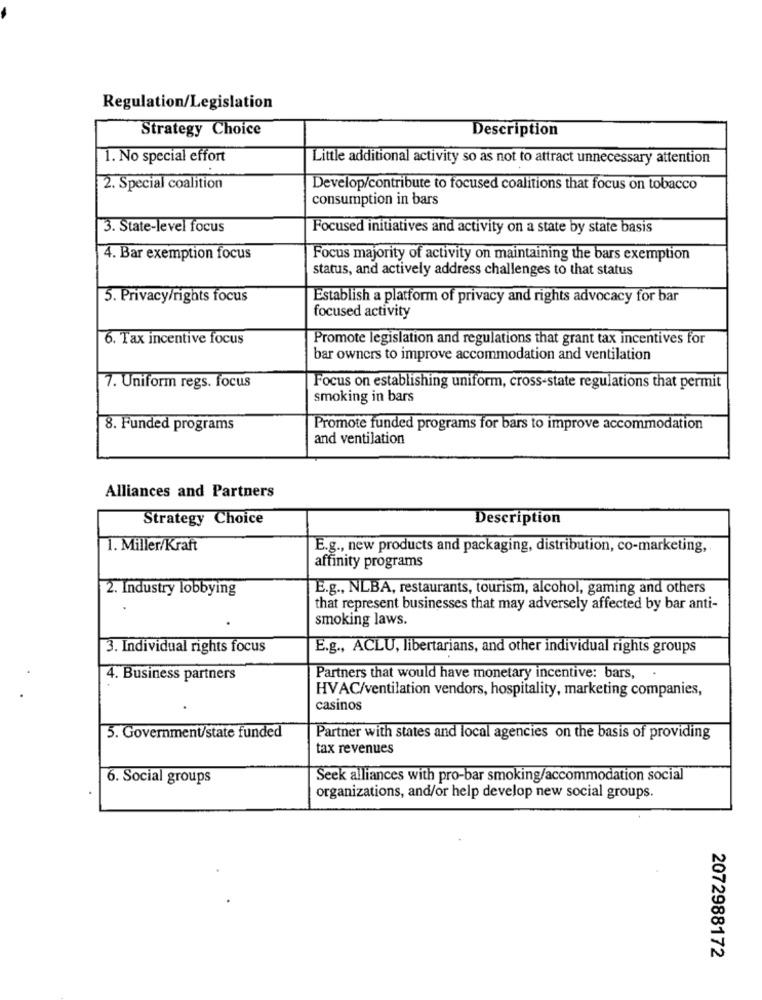
Regulation/Legislation
Strategy Choice
Description
1. No special effort
Little additional activity so as not to attract unnecessary attention
2. Special coalition
Develop/contribute to focused coalitions that focus on tobacco
consumption in bars
3. State-level focus
Focused initiatives and activity on a state by state basis
4. Bar exemption focus
Focus majority of activity on maintaining the bars exemption
status, and actively address challenges to that status
5. Privacy/rights focus
Establish a platform of privacy and rights advocacy for bar
focused activity
6. Tax incentive focus
Promote legislation and regulations that grant tax incentives for
bar owners to improve accommodation and ventilation
7. Uniform regs. focus
Focus on establishing uniform, cross-state regulations that permit
smoking in bars
8. Funded programs
Promote funded programs for bars to improve accommodation
and ventilation
Alliances and Partners
Strategy Choice
Description
1. Miller/Kraft
E.g ., new products and packaging, distribution, co-marketing,
affinity programs
2. Industry lobbying
E.g ., NLBA, restaurants, tourism, alcohol, gaming and others
that represent businesses that may adversely affected by bar anti-
smoking laws.
3. Individual rights focus
E.g ., ACLU, libertarians, and other individual rights groups
4. Business partners
Partners that would have monetary incentive: bars,
.
HVAC/ventilation vendors, hospitality, marketing companies,
casinos
5. Government/state funded
Partner with states and local agencies on the basis of providing
tax revenues
6. Social groups
Seek alliances with pro-bar smoking/accommodation social
organizations, and/or help develop new social groups.
2072988172